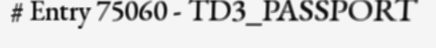
# Entry 75060 - TD3_PASSPORT